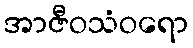
အာဇီဝသံဝရော